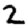
Digit: 2